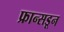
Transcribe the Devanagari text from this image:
फ्रान्सडून